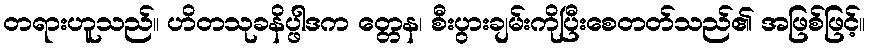
တရားဟူသည်။ ဟိတသုခနိပ္ဖါဒက တ္တေန၊ စီးပွားချမ်းကိုပြီးစေတတ်သည်၏ အဖြစ်ဖြင့်။